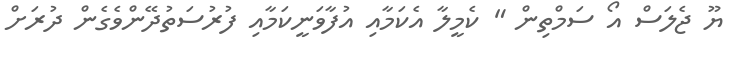
ޔޫ ޖެލަސް އޯ ސަމްތިން " ކެމީލާ އެކަމާއި އުފާވަނީކަމާއި ފުރުސަތުދޭންވެގެން ދުރަށް